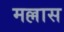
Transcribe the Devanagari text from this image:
मल्लास